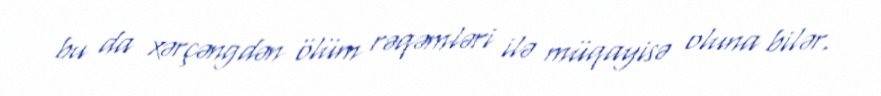
bu da xərçəngdən ölüm rəqəmləri ilə müqayisə oluna bilər.